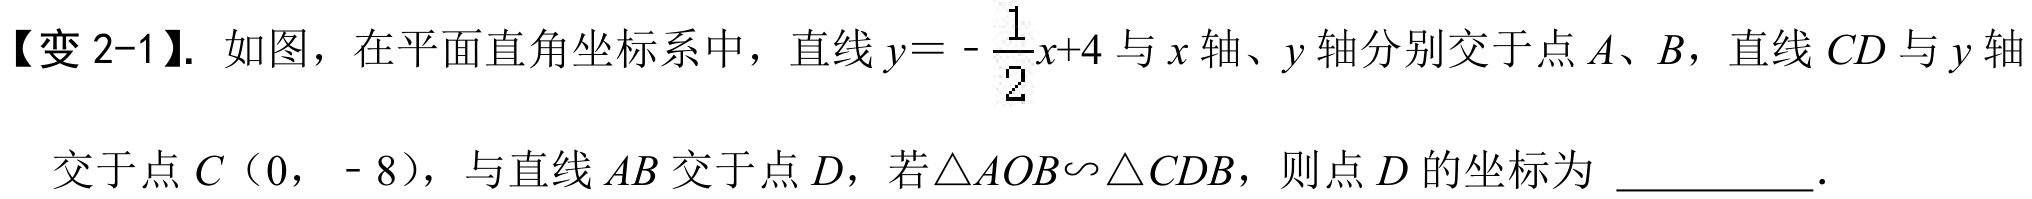
【变 2-1】. 如图，在平面直角坐标系中，直线\(y = -\dfrac{1}{2}x + 4\)与\(x\)轴、\(y\)轴分别交于点\(A\)、\(B\)，直线\(CD\)与\(y\)轴交于点\(C\)（\(0\)，\(- 8\)），与直线\(AB\)交于点\(D\)，若\(\triangle AOB\backsim\triangle CDB\)，则点\(D\)的坐标为 \_\_\_\_\_\_．